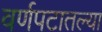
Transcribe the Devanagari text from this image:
वर्णपटातल्या